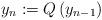
LaTeX: \begin{align*}y_{n}:=Q\left(y_{n-1}\right)\end{align*}